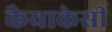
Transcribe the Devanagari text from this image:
कैयाकेसी